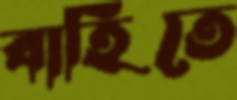
বাহিতে